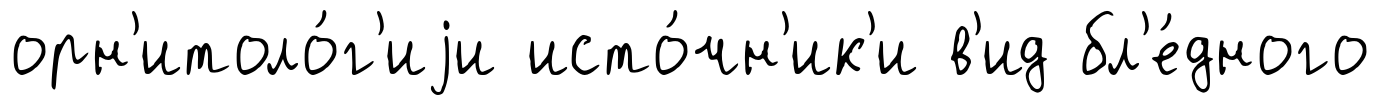
орн'итоло́г'иjи исто́чн'ик'и в'ид бл'е́дного